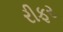
રીફર